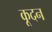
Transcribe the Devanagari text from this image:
कूदन